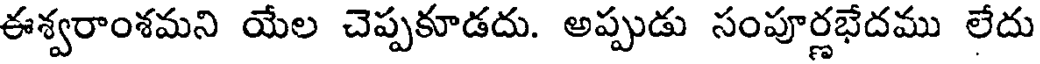
ఈశ్వరాంశమని యేల చెప్పకూడదు. అప్పుడు సంపూర్ణభేదము లేదు